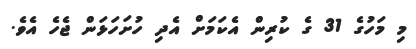
މި މަހުގެ 31 ގެ ކުރިން އެކަމަށް އެދި ހުށަހަޅަން ޖެހެ އެވެ.